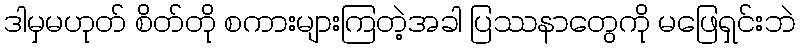
ဒါမှမဟုတ် စိတ်တို စကားများကြတဲ့အခါ ပြဿနာတွေကို မဖြေရှင်းဘဲ